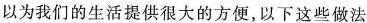
以为我们的生活提供很大的方便，以下这些做法